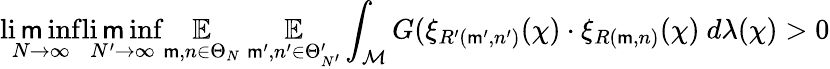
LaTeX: \operatorname*{li\mathsf{m}inf}_{N\rightarrow\infty}\operatorname*{li\mathsf{m}inf}_{N^{\prime}\rightarrow\infty}\underset{\mathsf{m},n\in\Theta_{N}}{\mathbb{{E}}}~\underset{\mathsf{m}^{\prime},n^{\prime}\in\Theta_{N^{\prime}}^{\prime}}{\mathbb{{E}}}\int_{\mathcal{{M}}}G(\xi_{R^{\prime}(\mathsf{m}^{\prime},n^{\prime})}(\chi)\cdot\xi_{R(\mathsf{m},n)}(\chi)~d\lambda(\chi)>0